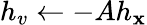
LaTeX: h_{v}\leftarrow-Ah_{\mathbf{x}}